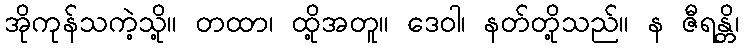
အိုကုန်သကဲ့သို့။ တထာ၊ ထို့အတူ။ ဒေဝါ၊ နတ်တို့သည်။ န ဇီရန္တိ၊